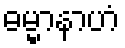
ဓမ္မာနာဟံ